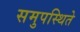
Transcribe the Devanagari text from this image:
समुपस्थिते